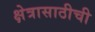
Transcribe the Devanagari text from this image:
क्षेत्रासाठीची